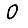
Digit: 0